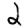
Digit: 2